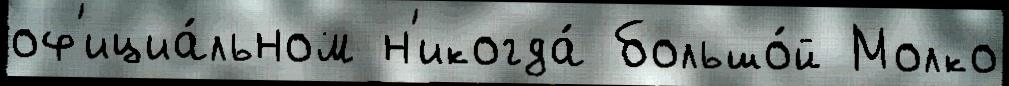
оф'ициа́льном н'икогда́ большо́й Молко